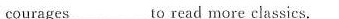
courages___ to read more classics.